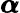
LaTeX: \pmb{\alpha}